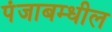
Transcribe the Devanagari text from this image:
पंजाबम्धील